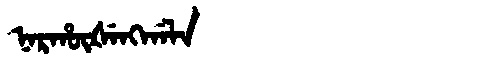
Manchu: ᠨᠠᡵᡥᡡᡧᡝᠩᡤᠠᠯᠠ
Romanization: NARHŪŠENGGALA